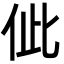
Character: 佌